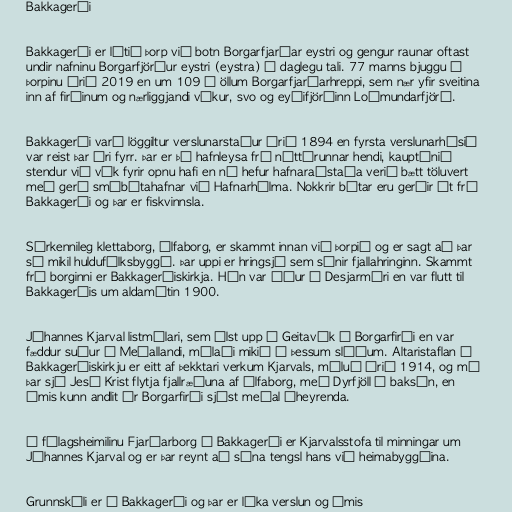
Bakkagerði

Bakkagerði er lítið þorp við botn Borgarfjarðar eystri og gengur raunar oftast
undir nafninu Borgarfjörður eystri (eystra) í daglegu tali. 77 manns bjuggu í
þorpinu árið 2019 en um 109 í öllum Borgarfjarðarhreppi, sem nær yfir sveitina
inn af firðinum og nærliggjandi víkur, svo og eyðifjörðinn Loðmundarfjörð.

Bakkagerði varð löggiltur verslunarstaður árið 1894 en fyrsta verslunarhúsið
var reist þar ári fyrr. Þar er þó hafnleysa frá náttúrunnar hendi, kauptúnið
stendur við vík fyrir opnu hafi en nú hefur hafnaraðstaða verið bætt töluvert
með gerð smábátahafnar við Hafnarhólma. Nokkrir bátar eru gerðir út frá
Bakkagerði og þar er fiskvinnsla.

Sérkennileg klettaborg, Álfaborg, er skammt innan við þorpið og er sagt að þar
sé mikil huldufólksbyggð. Þar uppi er hringsjá sem sýnir fjallahringinn. Skammt
frá borginni er Bakkagerðiskirkja. Hún var áður á Desjarmýri en var flutt til
Bakkagerðis um aldamótin 1900.

Jóhannes Kjarval listmálari, sem ólst upp í Geitavík í Borgarfirði en var
fæddur suður í Meðallandi, málaði mikið á þessum slóðum. Altaristaflan í
Bakkagerðiskirkju er eitt af þekktari verkum Kjarvals, máluð árið 1914, og má
þar sjá Jesú Krist flytja fjallræðuna af Álfaborg, með Dyrfjöll í baksýn, en
ýmis kunn andlit úr Borgarfirði sjást meðal áheyrenda.

Í félagsheimilinu Fjarðarborg á Bakkagerði er Kjarvalsstofa til minningar um
Jóhannes Kjarval og er þar reynt að sýna tengsl hans við heimabyggðina.

Grunnskóli er á Bakkagerði og þar er líka verslun og ýmis